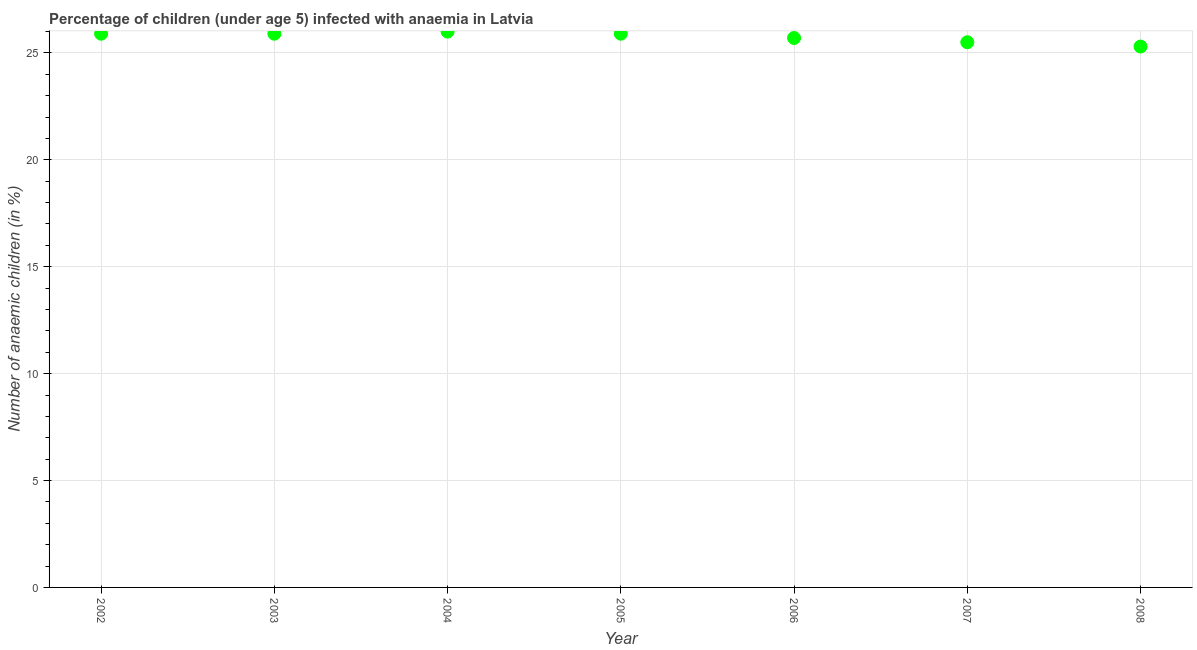
| Year | Prevalence of anemia among children |
 | --- | --- |
 | 2002 | 25.9 |
 | 2003 | 25.9 |
 | 2004 | 26 |
 | 2005 | 25.9 |
 | 2006 | 25.7 |
 | 2007 | 25.5 |
 | 2008 | 25.3 |